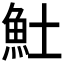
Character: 𩵚